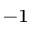
^ { - 1 }